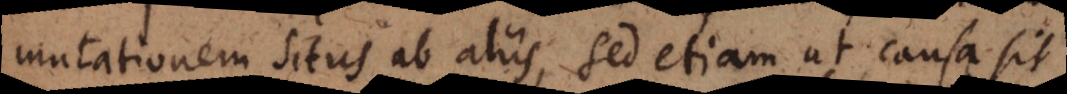
mutationem situs ab aliis, sed etiam ut causa sit